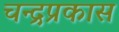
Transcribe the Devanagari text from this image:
चन्द्रप्रकास